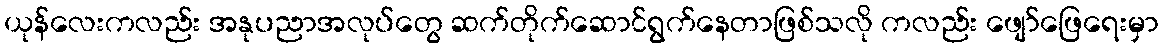
ယုန်လေးကလည်း အနုပညာအလုပ်တွေ ဆက်တိုက်ဆောင်ရွက်နေတာဖြစ်သလို ကလည်း ဖျော်ဖြေရေးမှာ